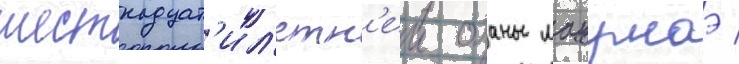
шестнадцат'ил'етн'еи оханы мацумаэ /